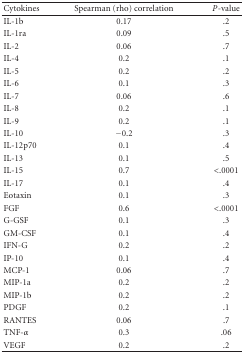
| Cytokines | Spearman (rho) correlation | P-value |
 | --- | --- | --- |
 | IL-1b | 0.17 | .2 |
 | IL-1ra | 0.09 | .5 |
 | IL-2 | 0.06 | .7 |
 | IL-4 | 0.2 | .1 |
 | IL-5 | 0.2 | .2 |
 | IL-6 | 0.1 | .3 |
 | IL-7 | 0.06 | .6 |
 | IL-8 | 0.2 | .1 |
 | IL-9 | 0.2 | .1 |
 | IL-10 | −0.2 | .3 |
 | IL-12p70 | 0.1 | .4 |
 | IL-13 | 0.1 | .5 |
 | IL-15 | 0.7 | <.0001 |
 | IL-17 | 0.1 | .4 |
 | Eotaxin | 0.1 | .3 |
 | FGF | 0.6 | <.0001 |
 | G-GSF | 0.1 | .3 |
 | GM-CSF | 0.1 | .4 |
 | IFN-G | 0.2 | .2 |
 | IP-10 | 0.1 | .4 |
 | MCP-1 | 0.06 | .7 |
 | MIP-1a | 0.2 | .2 |
 | MIP-1b | 0.2 | .2 |
 | PDGF | 0.2 | .1 |
 | RANTES | 0.06 | .7 |
 | TNF-α | 0.3 | .06 |
 | VEGF | 0.2 | .2 |